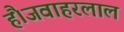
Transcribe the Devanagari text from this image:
हैं।जवाहरलाल